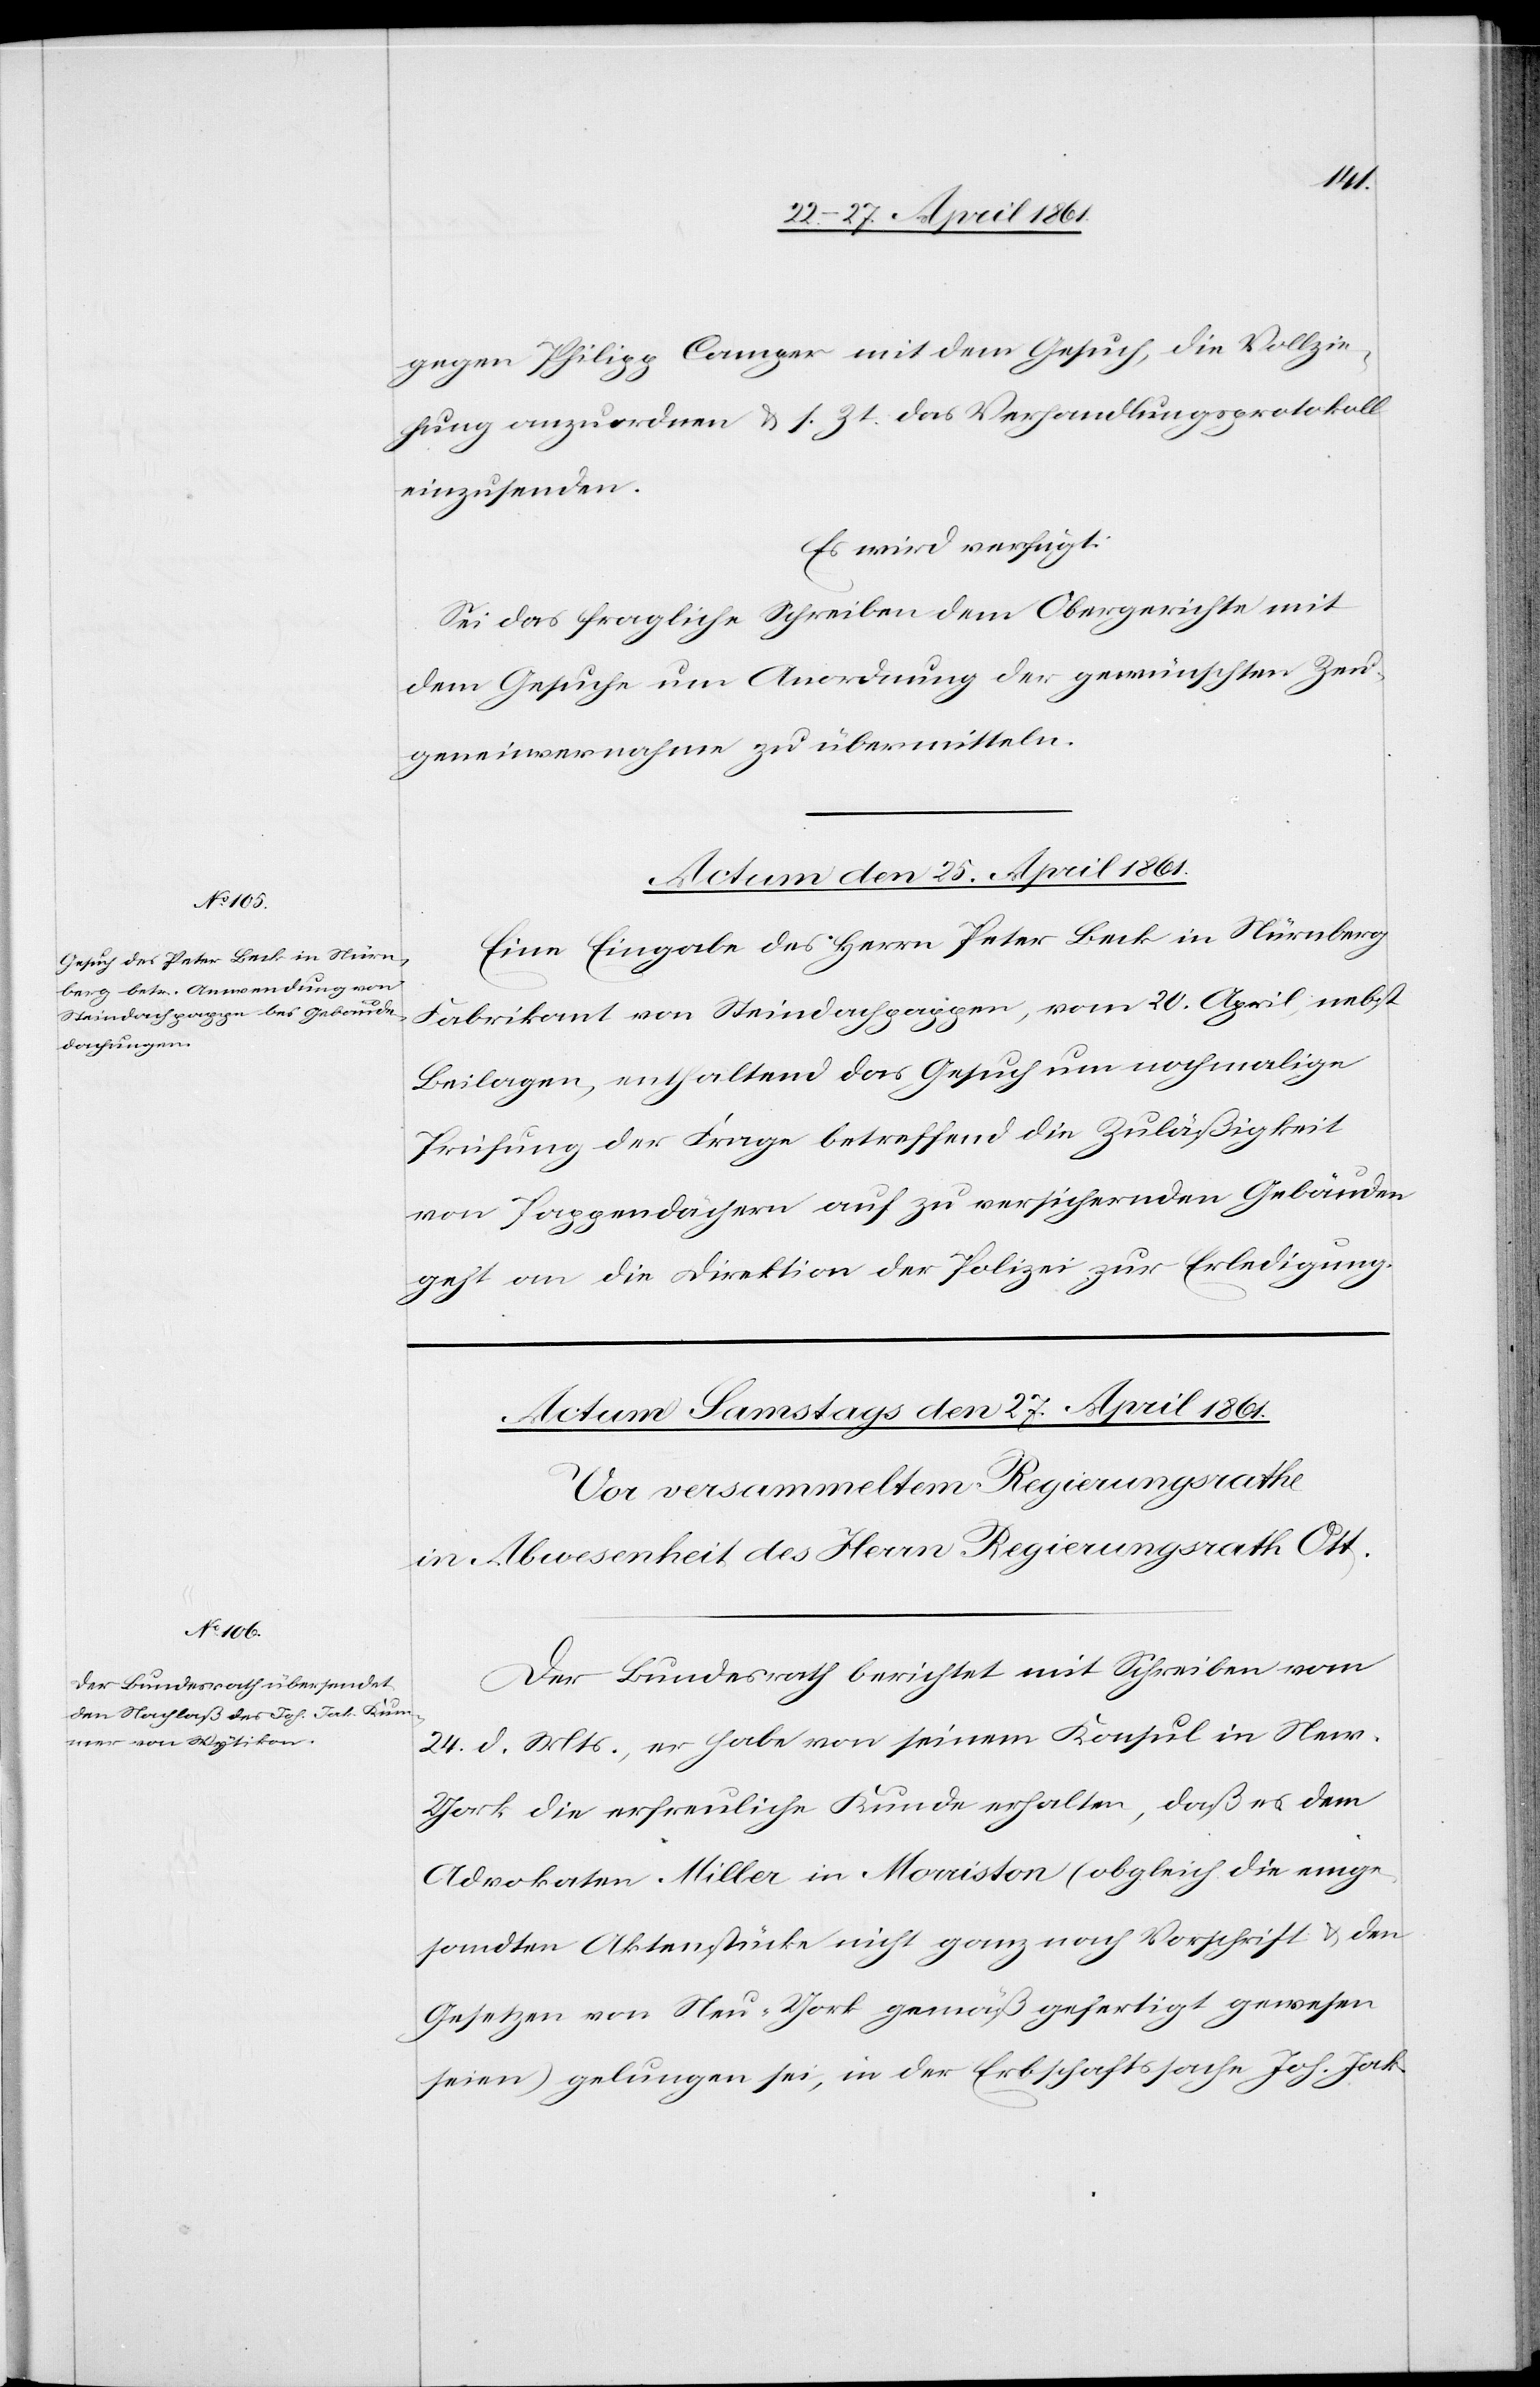
gegen Philipp Camper mit dem Gesuch, die Vollzie¬
hung anzuordnen u. s. Zt. das Verhandlungsprotokoll
einzusenden.
Es wird verfügt:
Sei das fragliche Schreiben dem Obergerichte mit
dem Gesuche um Anordnung der gewünschten Zeu¬
genvernahme zu übermitteln.
Actum den 25. April 1861.
Eine Eingabe des Herrn Peter Beck in Nürnberg
Fabrikant von Steindachpappen, vom 20. April nebst
Beilagen, enthaltend das Gesuch um nochmalige
Prüfung der Frage betreffend die Zuläßigkeit
von Pappendächern auf zu versichernden Gebäuden
geht an die Direktion der Polizei zur Erledigung.
Der Bundesrath berichtet mit Schreiben vom
24. d. Mts., er habe von seinem Konsul in Ne¬
w-York die erfreuliche Kunde erhalten, daß es dem
Advokaten Miller in Morriston (obgleich die ange¬
sandten Aktenstücke nicht ganz nach Vorschrift u. den
Gesetzen von Neu-York gemäß gefertigt gewesen
seien) gelungen sei, in der Erbschaftssache Joh. Jak.